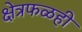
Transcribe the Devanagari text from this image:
क्षेत्रफळही